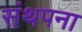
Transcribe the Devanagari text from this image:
संथपना